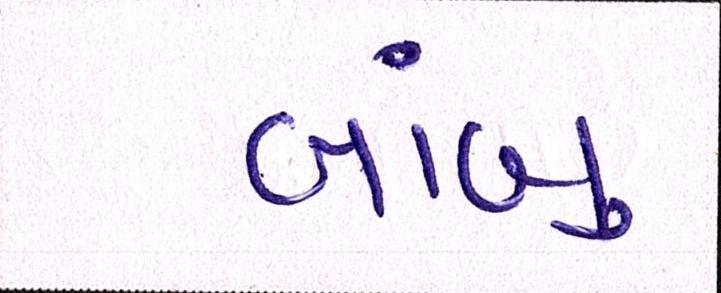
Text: લાંબુ